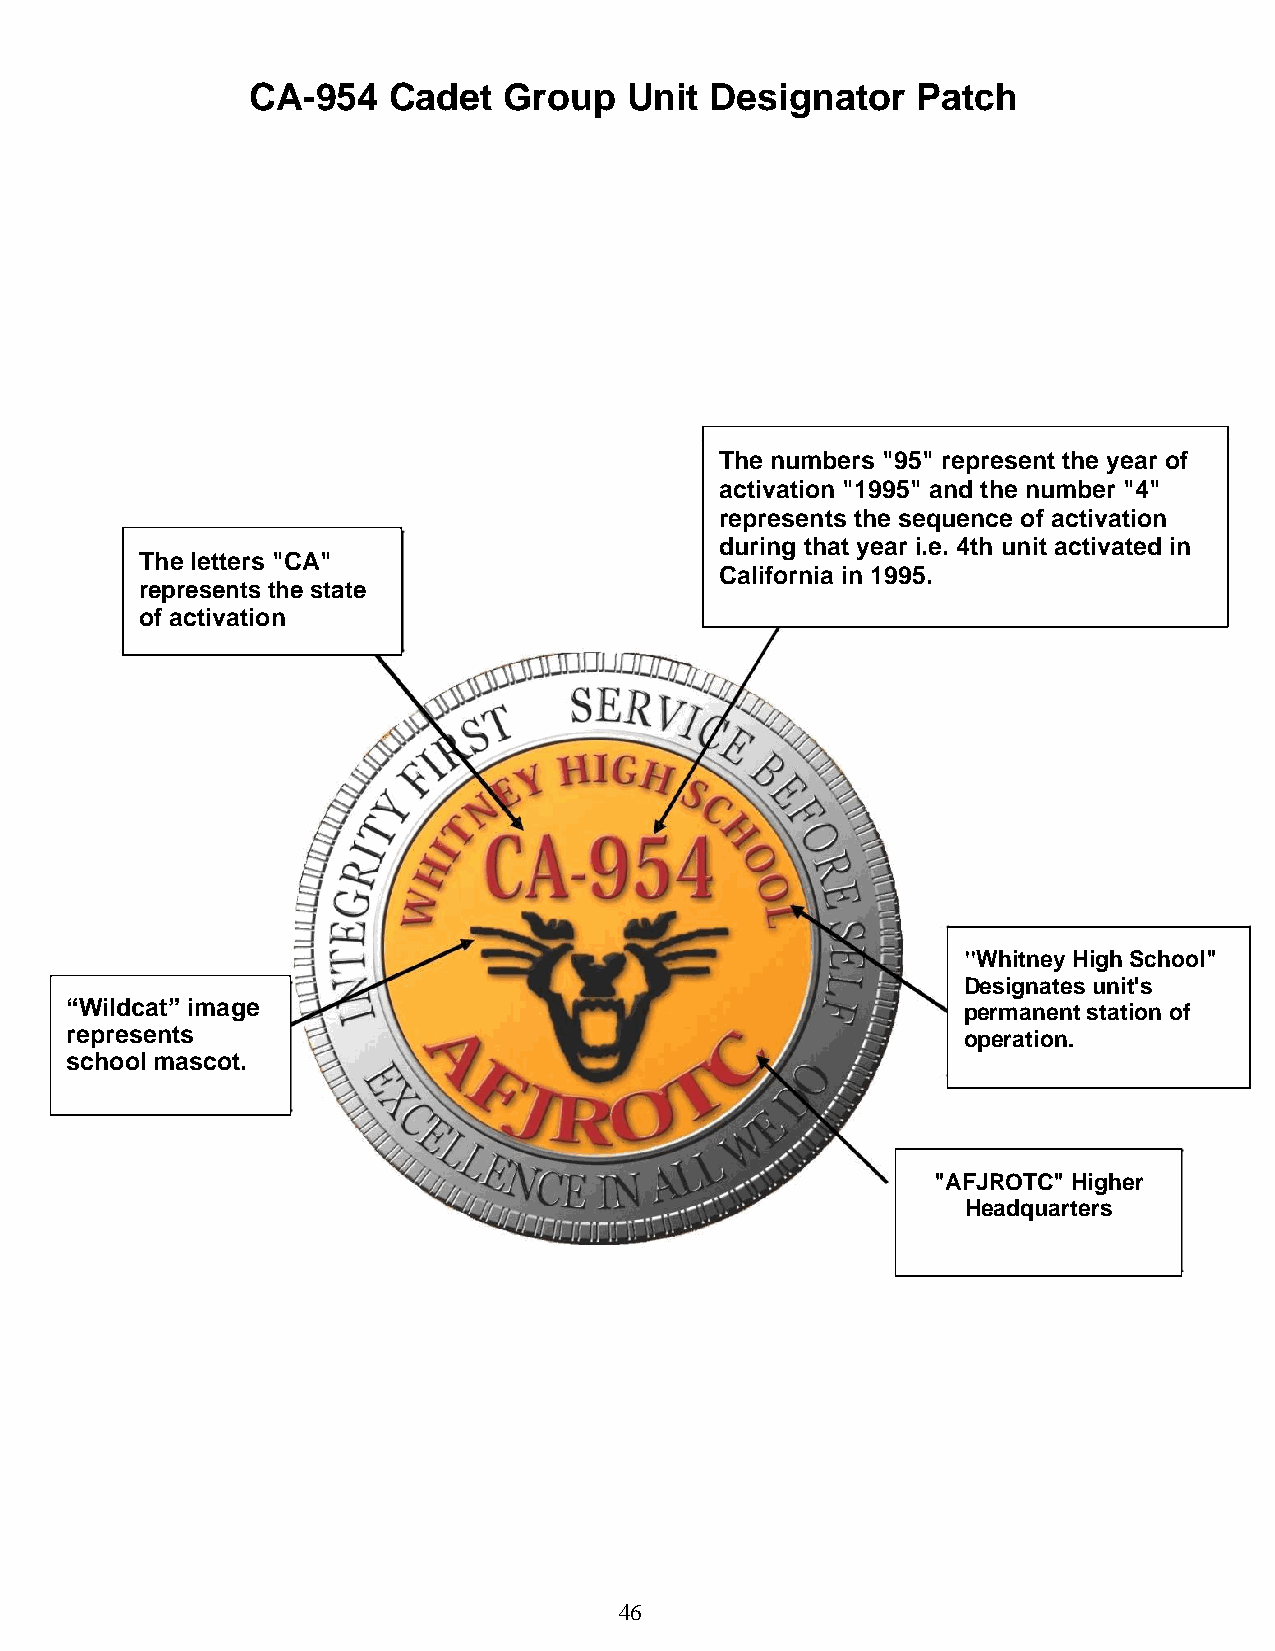
CA-954    Cadet  Group   Unit  Designator    Patch
 The numbers "95" represent the year of
 activation "1995" and the number "4"
 represents the sequence of activation
 during that year i.e. 4th unit activated in
 The letters "CA"
 California in 1995.
 represents the state
 of activation
 "Whitney High School"
 Designates unit's
 “Wildcat” image                                             permanent station of
 represents                                                  operation.
 school mascot.
 The CA-954th unit Designator
 The patch symbolizes that
 "The CA-954 was the fourth unit established in the
 "AFJROTC" Higher
 state of California in the year 1995."        Headquarters
 46